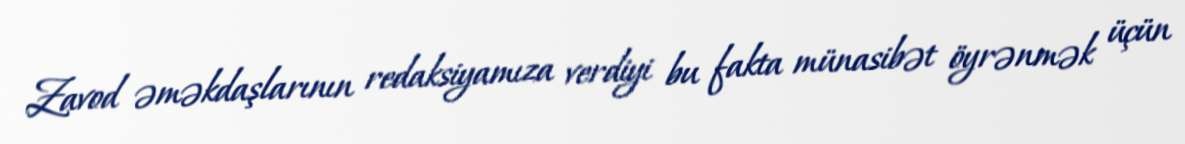
Zavod əməkdaşlarının redaksiyamıza verdiyi bu fakta münasibət öyrənmək üçün